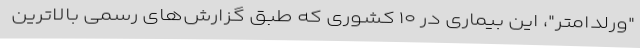
"ورلداُمتر"، این بیماری در ۱۰ کشوری که طبق گزارش‌های رسمی بالاترین